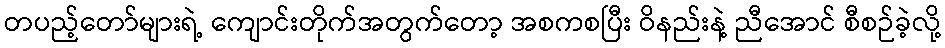
တပည့်တော်များရဲ့ ကျောင်းတိုက်အတွက်တော့ အစကစပြီး ဝိနည်းနဲ့ ညီအောင် စီစဉ်ခဲ့လို့